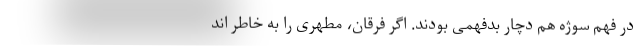
در فهم سوژه هم دچار بدفهمی بودند. اگر فرقان، مطهری را به خاطر اند